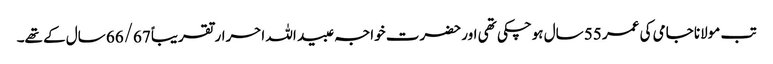
تب مولانا جامی کی عمر 55 سال ہوچکی تھی اور حضرت خواجہ عبید اللہ احرار تقریباً 66/67 سال کے تھے۔